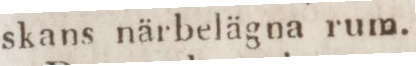
skans närbelägna rum.